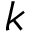
k